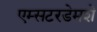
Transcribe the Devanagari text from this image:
एम्सटरडेमशे